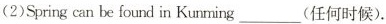
(2)Spring can be found in Kunming___(任何时候).